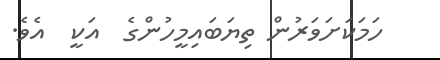
ހަމަކަށަވަރުން ތިޔަބައިމީހުންގެ  އަކީ  އެވެ.